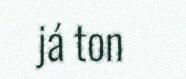
já ton